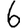
Digit: 6